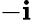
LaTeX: -\mathbf{i}